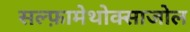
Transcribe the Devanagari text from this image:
सल्‍फ़ामेथोक्‍साजोल